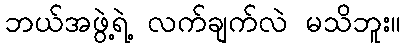
ဘယ်အဖွဲ့ရဲ့ လက်ချက်လဲ မသိဘူး။